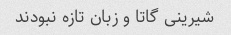
شیرینى گاتا و زبان تازه نبودند